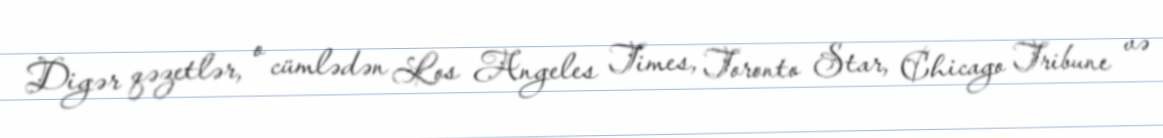
Digər qəzetlər, o cümlədən Los Angeles Times, Toronto Star, Chicago Tribune və